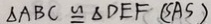
\Delta A B C \cong \Delta D E F ( S A S )